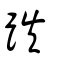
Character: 跌